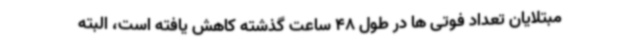
مبتلایان تعداد فوتی ها در طول 48 ساعت گذشته کاهش یافته است، البته